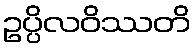
ဥပ္ပိလဝိဿတိ